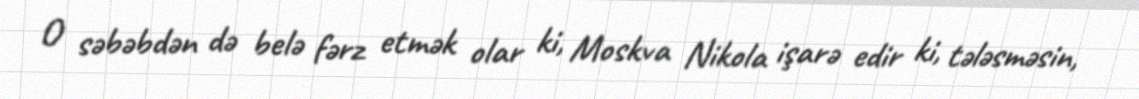
O səbəbdən də belə fərz etmək olar ki, Moskva Nikola işarə edir ki, tələsməsin,